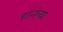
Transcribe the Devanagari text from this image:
हाॅर्नच्या